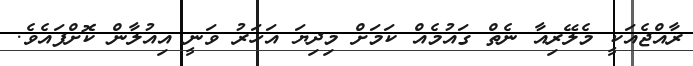
ރާއްޖެއަކީ މެލޭރިއާ ނެތް ގައުމެއް ކަމަށް މިދިޔަ އަހަރު ވަނީ އިއުލާން ކޮށްފައެވެ.